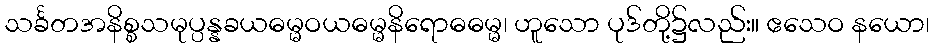
သင်္ခတအနိစ္စသမုပ္ပန္နခယဓမ္မဝယဓမ္မနိရောဓဓမ္မ၊ ဟူသော ပုဒ်တို့၌လည်း။ ဧသေဝ နယော၊